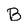
Character: B